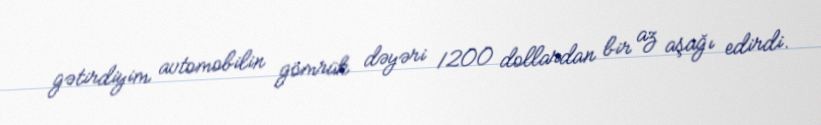
gətirdiyim avtomobilin gömrük dəyəri 1200 dollardan bir az aşağı edirdi.